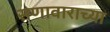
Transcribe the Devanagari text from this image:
सणावाराच्या